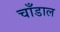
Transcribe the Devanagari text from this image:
चाँडाल